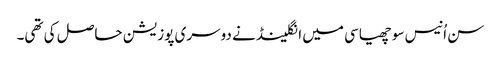
سن اُنیس سو چھیاسی میں انگلینڈ نے دوسری پوزیشن حاصل کی تھی۔